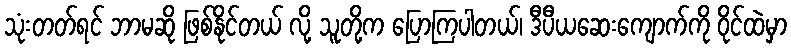
သုံးတတ်ရင် ဘာမဆို ဖြစ်နိုင်တယ် လို့ သူတို့က ပြောကြပါတယ်၊ ဒီပီယဆေးကျောက်ကို ဝိုင်ထဲမှာ